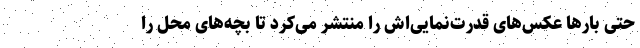
حتی بار‌ها عکس‌های قدرت‌نمایی‌اش را منتشر می‌کرد تا بچه‌های محل را